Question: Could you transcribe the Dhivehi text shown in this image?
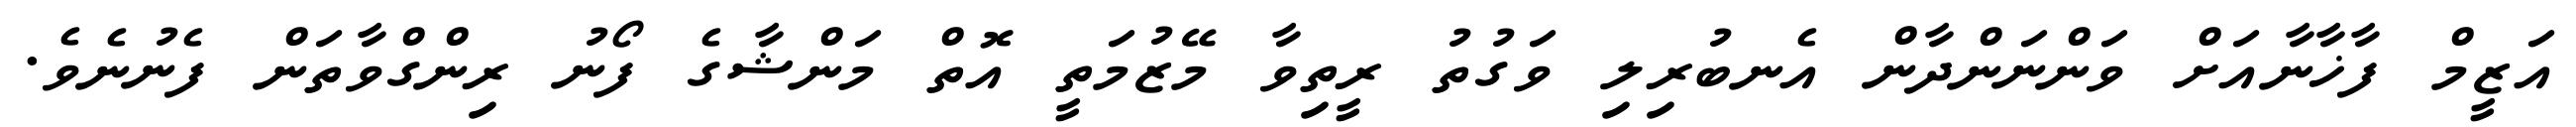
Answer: އަޒީމް ފާޚާނާއަށް ވަންނަންދާން އެނބުރިލި ވަގުތު ރީތިވާ މޭޒުމަތީ އޮތް މަންޝާގެ ފޯނު ރިންގްވާތަން ފެނުނެވެ.